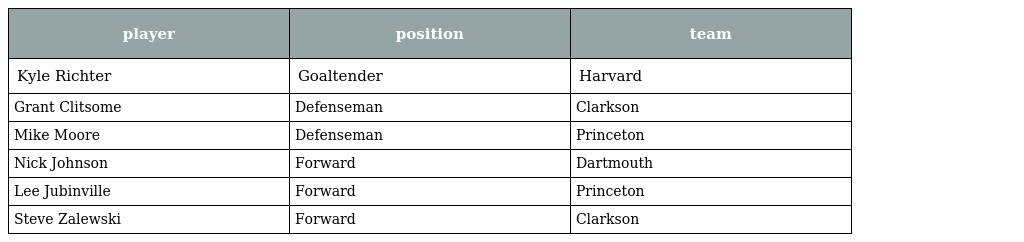
| player | position | team |
 | --- | --- | --- |
 | Kyle Richter | Goaltender | Harvard |
 | Grant Clitsome | Defenseman | Clarkson |
 | Mike Moore | Defenseman | Princeton |
 | Nick Johnson | Forward | Dartmouth |
 | Lee Jubinville | Forward | Princeton |
 | Steve Zalewski | Forward | Clarkson |